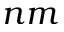
n m